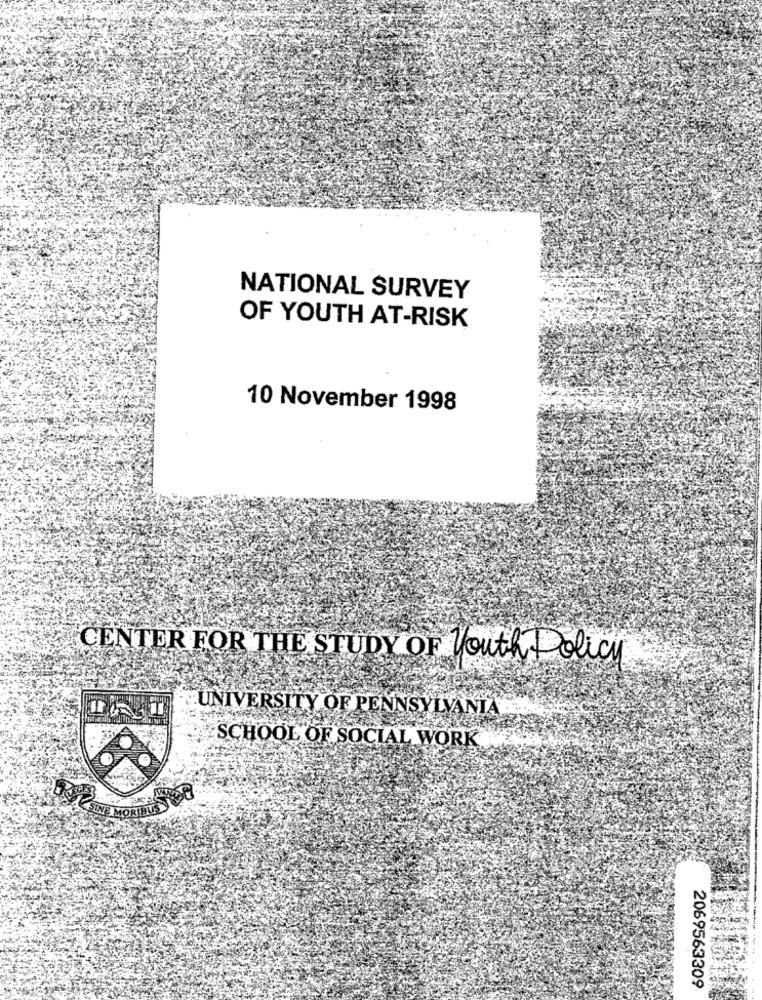
NATIONAL SURVEY
OF YOUTH AT-RISK
10 November 1998
CENTER FOR THE STUDY OF Youth Policy
UNIVERSITY OF PENNSYLVANIA ...
SCHOOL OF SOCIAL WORK
2069563309